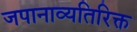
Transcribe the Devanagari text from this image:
जपानाव्यतिरिक्त